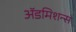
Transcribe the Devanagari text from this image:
अॅडमिशन्स